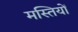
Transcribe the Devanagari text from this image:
मस्तियों